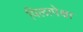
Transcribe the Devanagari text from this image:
पिलापेक्षा